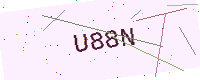
Text: U88N